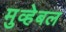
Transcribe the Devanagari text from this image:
मुव्हेबल